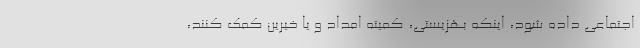
اجتماعی داده شود، اینکه بهزیستی، کمیته امداد و یا خیرین کمک کنند،